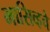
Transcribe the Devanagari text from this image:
मासिव्हचे